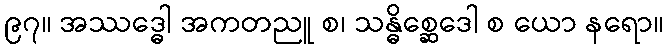
၉၇။ အဿဒ္ဓေါ အကတညူ စ၊ သန္ဓိစ္ဆေဒေါ စ ယော နရော။